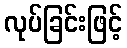
လုပ်ခြင်းဖြင့်